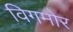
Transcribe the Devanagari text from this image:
विगमोर